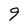
Character: 9